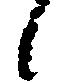
候